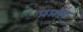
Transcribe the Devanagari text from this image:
प्रप्रंच